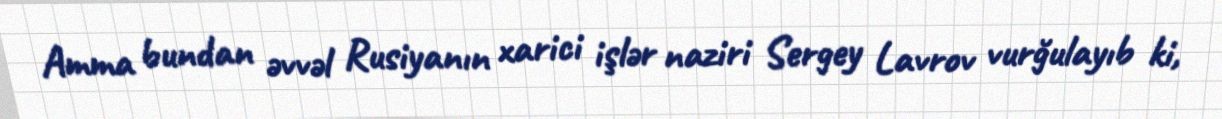
Amma bundan əvvəl Rusiyanın xarici işlər naziri Sergey Lavrov vurğulayıb ki,